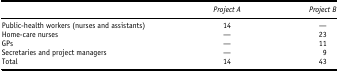
|  | Project A | Project B |
 | --- | --- | --- |
 | Public-health workers (nurses and assistants) | 14 | — |
 | Home-care nurses | — | 23 |
 | GPs | — | 11 |
 | Secretaries and project managers | — | 9 |
 | Total | 14 | 43 |